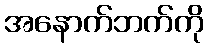
အနောက်ဘက်ကို